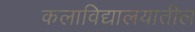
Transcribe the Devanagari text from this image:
कलाविद्यालयातील